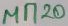
Text: MN20